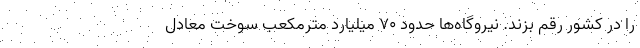
را در کشور رقم بزند. نیروگاه‌ها حدود ۷۰ میلیارد مترمکعب سوخت معادل